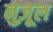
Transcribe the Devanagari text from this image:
नुज़ूल